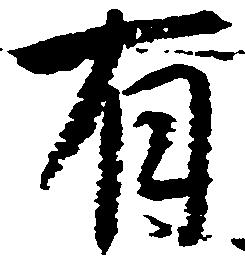
有